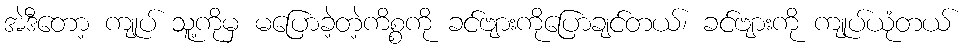
အဲဒီတော့ ကျုပ် သူ့ကိုမှ မပြောခဲ့တဲ့ကိစ္စကို ခင်ဗျားကိုပြောချင်တယ်၊ ခင်ဗျားကို ကျုပ်ယုံတယ်